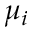
\mu _ { i }